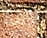
بومة